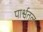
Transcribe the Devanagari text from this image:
पार्श्वतल